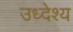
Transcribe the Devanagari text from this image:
उध्देश्य